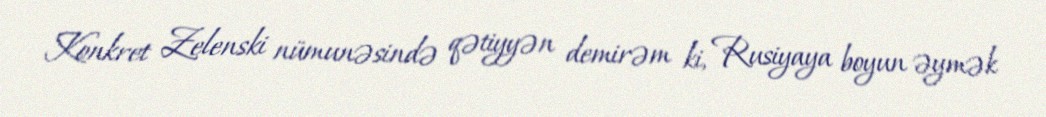
Konkret Zelenski nümunəsində qətiyyən demirəm ki, Rusiyaya boyun əymək